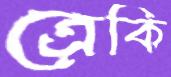
ত্রেকি